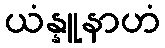
ယံန္နူနာဟံ